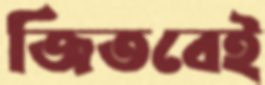
জিতবেই